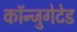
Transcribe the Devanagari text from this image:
कॉन्जुगेटेड